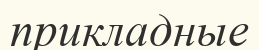
прикладные